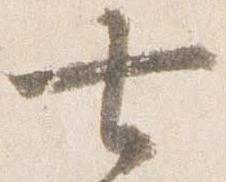
七